Annual administration report of the Civil Veterinary Department of India - 1901-1902
Year: 1901
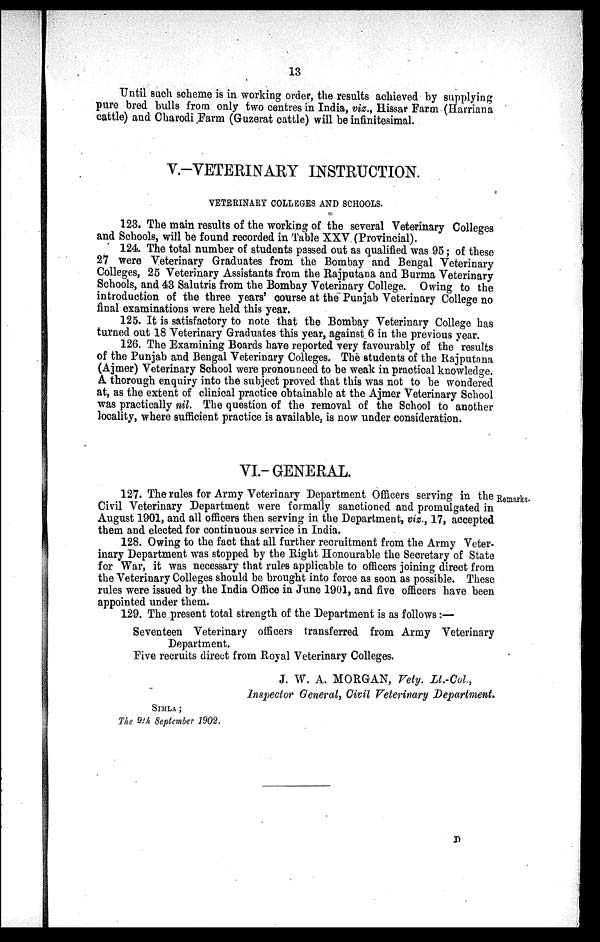
13
Until such scheme is in working order, the results achieved by supplying
pure bred bulls from only two centres in India, viz., Hissar Farm (Harriana
cattle) and Charodi Farm (Guzerat cattle) will be infinitesimal.
V.-VETERINARY INSTRUCTION.
VETERINARY COLLEGES AND SCHOOLS.
123. The main results of the working of the several Veterinary Colleges
and Schools, will be found recorded in Table XXV (Provincial).
124. The total number of students passed out as qualified was 95; of these
27 were Veterinary Graduates from the Bombay and Bengal Veterinary
Colleges, 25 Veterinary Assistants from the Rajputana and Burma Veterinary
Schools, and 43 Salutris from the Bombay Veterinary College. Owing to the
introduction of the three years' course at the Punjab Veterinary College no
final examinations were held this year,
125. It is satisfactory to note that the Bombay Veterinary College has
turned out 18 Veterinary Graduates this year, against 6 in the previous year.
126. The Examining Boards have reported very favourably of the results
of the Punjab and Bengal Veterinary Colleges. The students of the Rajputana
(Ajmer) Veterinary School were pronounced to be weak in practical knowledge.
A thorough enquiry into the subject proved that this was not to be wondered
at, as the extent of clinical practice obtainable at the Ajmer Veterinary School
was practically nil. The question of the removal of the School to another
locality, where sufficient practice is available, is now under consideration.
VI.-GENERAL.
Remarks.
127. The rules for Army Veterinary Department Officers serving in the
Civil Veterinary Department were formally sanctioned and promulgated in
August 1901, and all officers then serving in the Department, viz., 17, accepted
them and elected for continuous service in India.
128. Owing to the fact that all further recruitment from the Army Veter-
inary Department was stopped by the Right Honourable the Secretary of State
for War, it was necessary that rules applicable to officers joining direct from
the Veterinary Colleges should be brought into force as soon as possible. These
rules were issued by the India Office in June 1901, and five officers have been
appointed under them.
129. The present total strength of the Department is as follows:—
Seventeen Veterinary officers transferred from Army Veterinary
Department.
Five recruits direct from Royal Veterinary Colleges.
J. W. A. MORGAN, Vety. Lt.-Col.,
Inspector General, Civil Veterinary Department.
SIMLA;
The 9th September 1902.
D